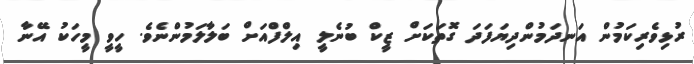
ރުޅިވެރިކަމުން އަނދަމުންދިޔަފަދަ ގޮތަކަށް ޒީކް ބުނެލީ އިލްފްއަށް ބަލާލަމުންނެވެ. ހީވީ މީހަކު އޭނާ